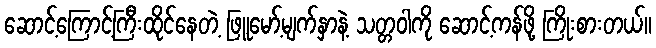
ဆောင့်ကြောင့်ကြီးထိုင်နေတဲ့ ဖြူမော့်မျက်နှာနဲ့ သတ္တဝါကို ဆောင့်ကန်ဖို့ ကြိုးစားတယ်။